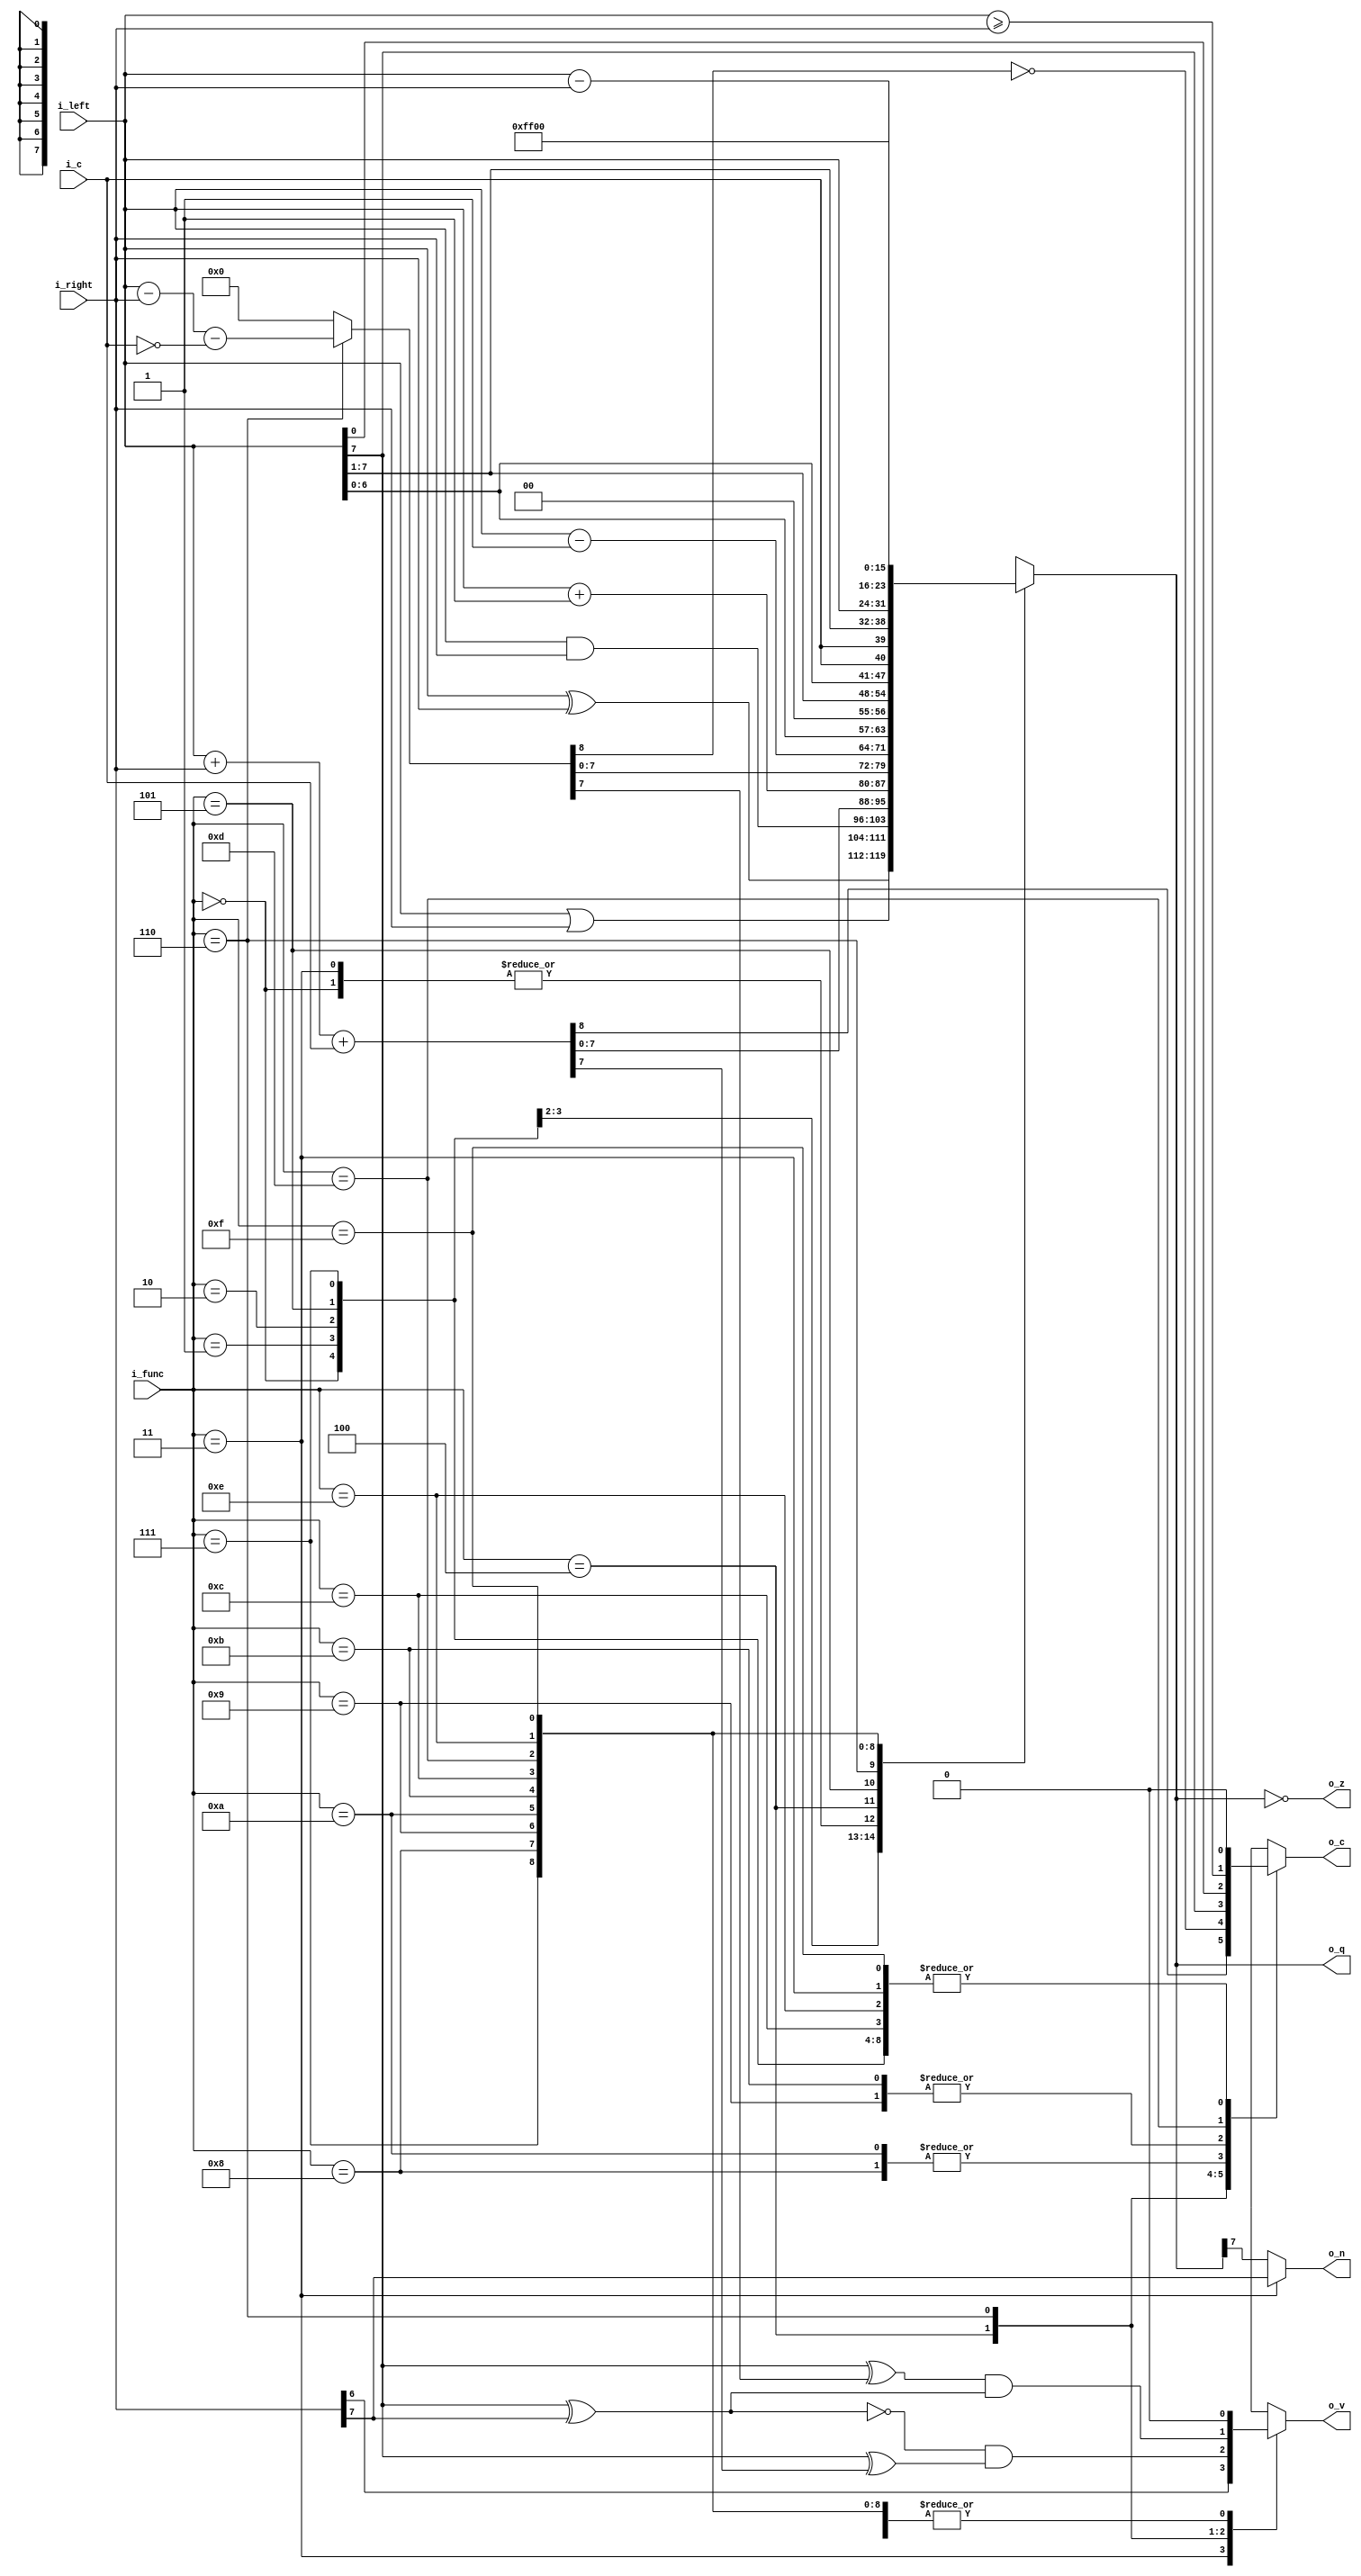
/*
Auther:
    ember_cc
Discribe:   
    2A03's ALU, combination logic
*/
/*
Patch Note:
Create.
*/
module cpu_6502_alu(
    input   [3:0]       i_func  ,
    input   [7:0]       i_left  ,
    input   [7:0]       i_right ,
    input               i_c     ,
    output  reg [7:0]   o_q     ,
    output  reg         o_c     ,
    output              o_z     ,
    output  reg         o_v     ,
    output              o_n     
);
                   
    parameter   F_AND       = 4'h0;
    parameter   F_EOR       = 4'h1;
    parameter   F_ORA       = 4'h2;
    parameter   F_BIT       = 4'h3;
    parameter   F_ADC       = 4'h4;
    parameter   F_AD1       = 4'h5;
    parameter   F_SBC       = 4'h6;
    parameter   F_SB1       = 4'h7;
    parameter   F_ASL       = 4'h8;
    parameter   F_LSR       = 4'h9;
    parameter   F_ROL       = 4'hA;
    parameter   F_ROR       = 4'hB;
    parameter   F_BYPASS    = 4'hC;
    parameter   F_CMP       = 4'hD;
    parameter   F_Q_F       = 4'hE;
    parameter   F_NOP       = 4'hF;
       
    /*
        output
    */
    /*
    base:       begin
                    o_q = 8'h0;
                    o_c = 1'b0;
                    o_v = 1'b0;
                end
    */
    
    wire [8:0]c_ext_sbc;
    
    assign  o_n = i_func==F_BIT ? i_right[7] : o_q[7];
    assign  o_z = (o_q==8'h0);
    assign  c_ext_sbc = i_func==F_SBC ? {1'b0, i_left} - {1'b0, i_right} - {8'h0, ~i_c} : 9'h0;
    
    always @ (*) begin
        case(i_func)
            F_AND       :
                begin
                    o_q = i_left & i_right;
                    o_c = 1'b0;
                    o_v = 1'b0;
                end
            F_EOR       :   
                begin
                    o_q = i_left ^ i_right;
                    o_c = 1'b0;
                    o_v = 1'b0;
                end
            F_ORA       :   
                begin
                    o_q = i_left | i_right;
                    o_c = 1'b0;
                    o_v = 1'b0;
                end
            F_BIT       :   
                begin
                    o_q = i_left & i_right;
                    o_c = 1'b0;
                    o_v = i_right[6];
                end
            F_ADC       :   
                begin
                    {o_c, o_q} = {1'b0, i_left} + {1'b0, i_right} + {8'h0, i_c};
                    o_v = (~(i_left[7] ^ i_right[7])) & (i_left[7] ^ o_q[7]);
                end
            F_AD1       :   
                begin
                    o_q = i_left + 8'h1;
                    o_c = 1'b0;
                    o_v = 1'b0;
                end
            F_SBC       :   
                begin
                    //{o_c, o_q} = {1'b0, i_left} - {1'b0, i_right} - {8'h0, ~i_c};
                    o_q = c_ext_sbc[7:0];
                    o_c = ~c_ext_sbc[8];
                    o_v = (i_left[7] ^ o_q[7]) & (i_left[7] ^ i_right[7]);
                end
            F_SB1       :   
                begin
                    o_q = i_left - 8'h1;
                    o_c = 1'b0;
                    o_v = 1'b0;
                end
            F_ASL       :   
                begin
                    o_q = {i_left[6:0], 1'b0};
                    o_c = i_left[7];
                    o_v = 1'b0;
                end
            F_LSR       :   
                begin
                    o_q = {1'b0, i_left[7:1]};
                    o_c = i_left[0];
                    o_v = 1'b0;
                end
            F_ROL       :   
                begin
                    o_q = {i_left[6:0], i_c};
                    o_c = i_left[7];
                    o_v = 1'b0;
                end
            F_ROR       :   
                begin
                    o_q = {i_c, i_left[7:1]};
                    o_c = i_left[0];
                    o_v = 1'b0;
                end
            F_BYPASS    :   
                begin
                    o_q = i_left;
                    o_c = 1'b0;
                    o_v = 1'b0;
                end
            F_CMP       :   
                begin
                    o_q = i_left - i_right;
                    o_c = i_left >= i_right;
                    o_v = 1'b0;
                end
            F_Q_F       :   
                begin
                    o_q = 8'hFF;
                    o_c = 1'b0;
                    o_v = 1'b0;
                end
            F_NOP       :
                begin
                    o_q = 8'h0;
                    o_c = 1'b0;
                    o_v = 1'b0;
                end
        endcase
    end
endmodule